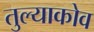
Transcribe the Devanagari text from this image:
तुल्याकोव